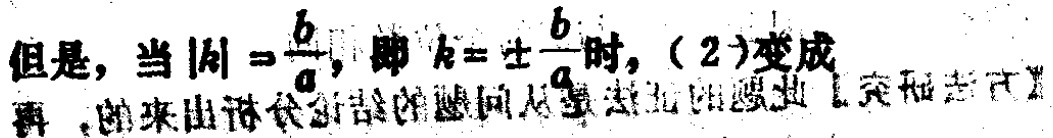
但是，当 \(|k| = \frac{b}{a}\)，即 \(k = \pm \frac{b}{a}\) 时，(2)变成  再，来出问从量出.突志】